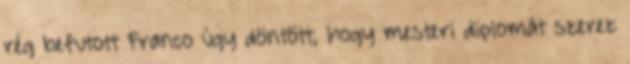
rég befutott Franco úgy döntött, hogy mesteri diplomát szerez